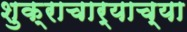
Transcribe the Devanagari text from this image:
शुक्राचार्याच्या